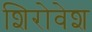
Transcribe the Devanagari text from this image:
शिरोवेश